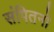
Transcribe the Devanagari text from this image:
संपितनो